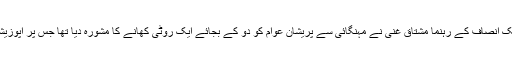
یاد رہے چند ہفتے قبل اسپیکر خیبرپختونخوا اسمبلی اور تحریک انصاف کے رہنما مشتاق غنی نے مہنگائی سے پریشان عوام کو دو کے بجائے ایک روٹی کھانے کا مشورہ دیا تھا جس پر اپوزیشن جماعتوں اور سوشل میڈیا صارفین نے خوب تنقید کی تھی۔